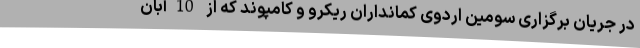
در جریان برگزاری سومین اردوی کمانداران ریکرو و کامپوند که از 10آبان